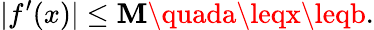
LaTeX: |f^{\prime}(x)|\leq\mathbf{M}\quada\leqx\leqb.